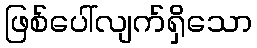
ဖြစ်ပေါ်လျက်ရှိသော